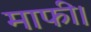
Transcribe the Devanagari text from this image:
माफी।